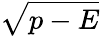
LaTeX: \sqrt{p-E}